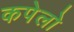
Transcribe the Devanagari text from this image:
कपेलो